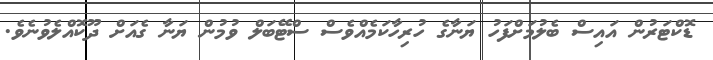
ޑޮކްޓަރުން އައިސް ބެލުމަށްފަހު ޔަނާގެ ހުރިހާކަމެއްވެސް ސްޓޭބަލް ވުމުން ޔަނާ ގެއަށް ދޫކޮއްލެވުނެވެ.